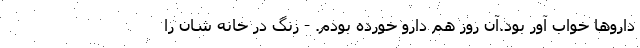
داروها خواب آور بود.آن روز هم دارو خورده بودم. - زنگ در خانه شان را